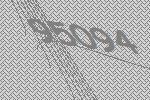
95094